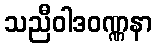
သညီဝါဒဝဏ္ဏနာ